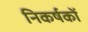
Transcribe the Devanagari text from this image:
निकर्षकों